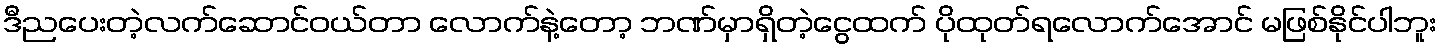
ဒီညပေးတဲ့လက်ဆောင်ဝယ်တာ လောက်နဲ့တော့ ဘဏ်မှာရှိတဲ့ငွေထက် ပိုထုတ်ရလောက်အောင် မဖြစ်နိုင်ပါဘူး